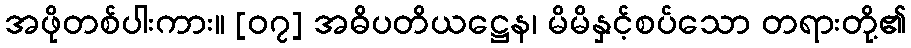
အဖိုတစ်ပါးကား။ [၀၇] အဓိပတိယဋ္ဌေန၊ မိမိနှင့်စပ်သော တရားတို့၏